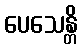
ပေသေန္တိ